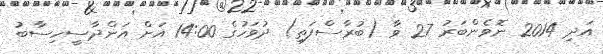
އަދި 2014 ނޮވެންބަރު 27 ވާ (ބުރާސްފަތި) ދުވަހުގެ 14:00 އަށް އަންދާސީހިސާބު